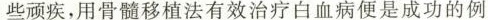
些顽疾，用骨髓移植法有效治疗白血病便是成功的例